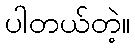
ပါတယ်တဲ့။